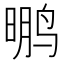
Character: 𱊂